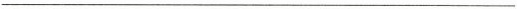
___